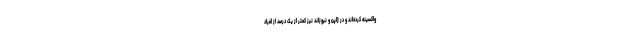
واکسینه کرده‌اند و در ژاپن و نیوزلند نیز کمتر از یک درصد از افراد